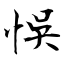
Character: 悞